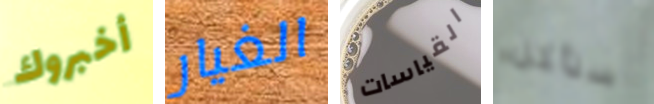
أخبروك الغيار القياسات سنأكل